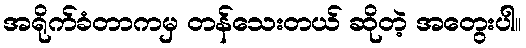
အရိုက်ခံတာကမှ တန်သေးတယ် ဆိုတဲ့ အတွေးပါ။